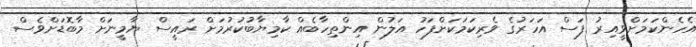
އެހެންކަމަށްވީއިރު ފަސް އަހަރުގެ ވެރިކަމަކަށްފަހު އަލުން އިންތިހާބެއް ކާމިޔާބުކުރުމަށް ރައީސް ޔާމީނަށް މާބޮޑަށްވެސް